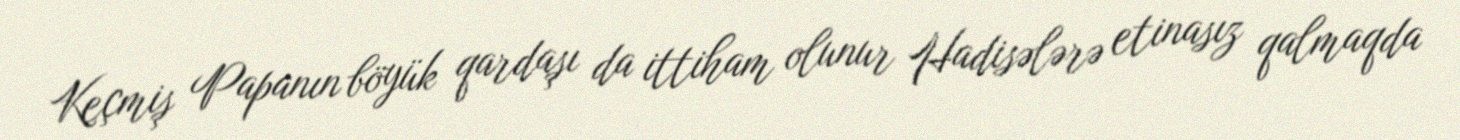
Keçmiş Papanın böyük qardaşı da ittiham olunur Hadisələrə etinasız qalmaqda